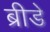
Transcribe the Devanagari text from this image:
ब्रीडे